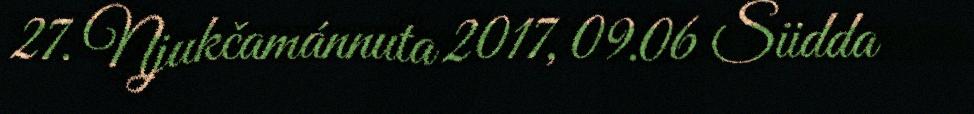
27. Njukčamánnuta 2017, 09.06 Siidda